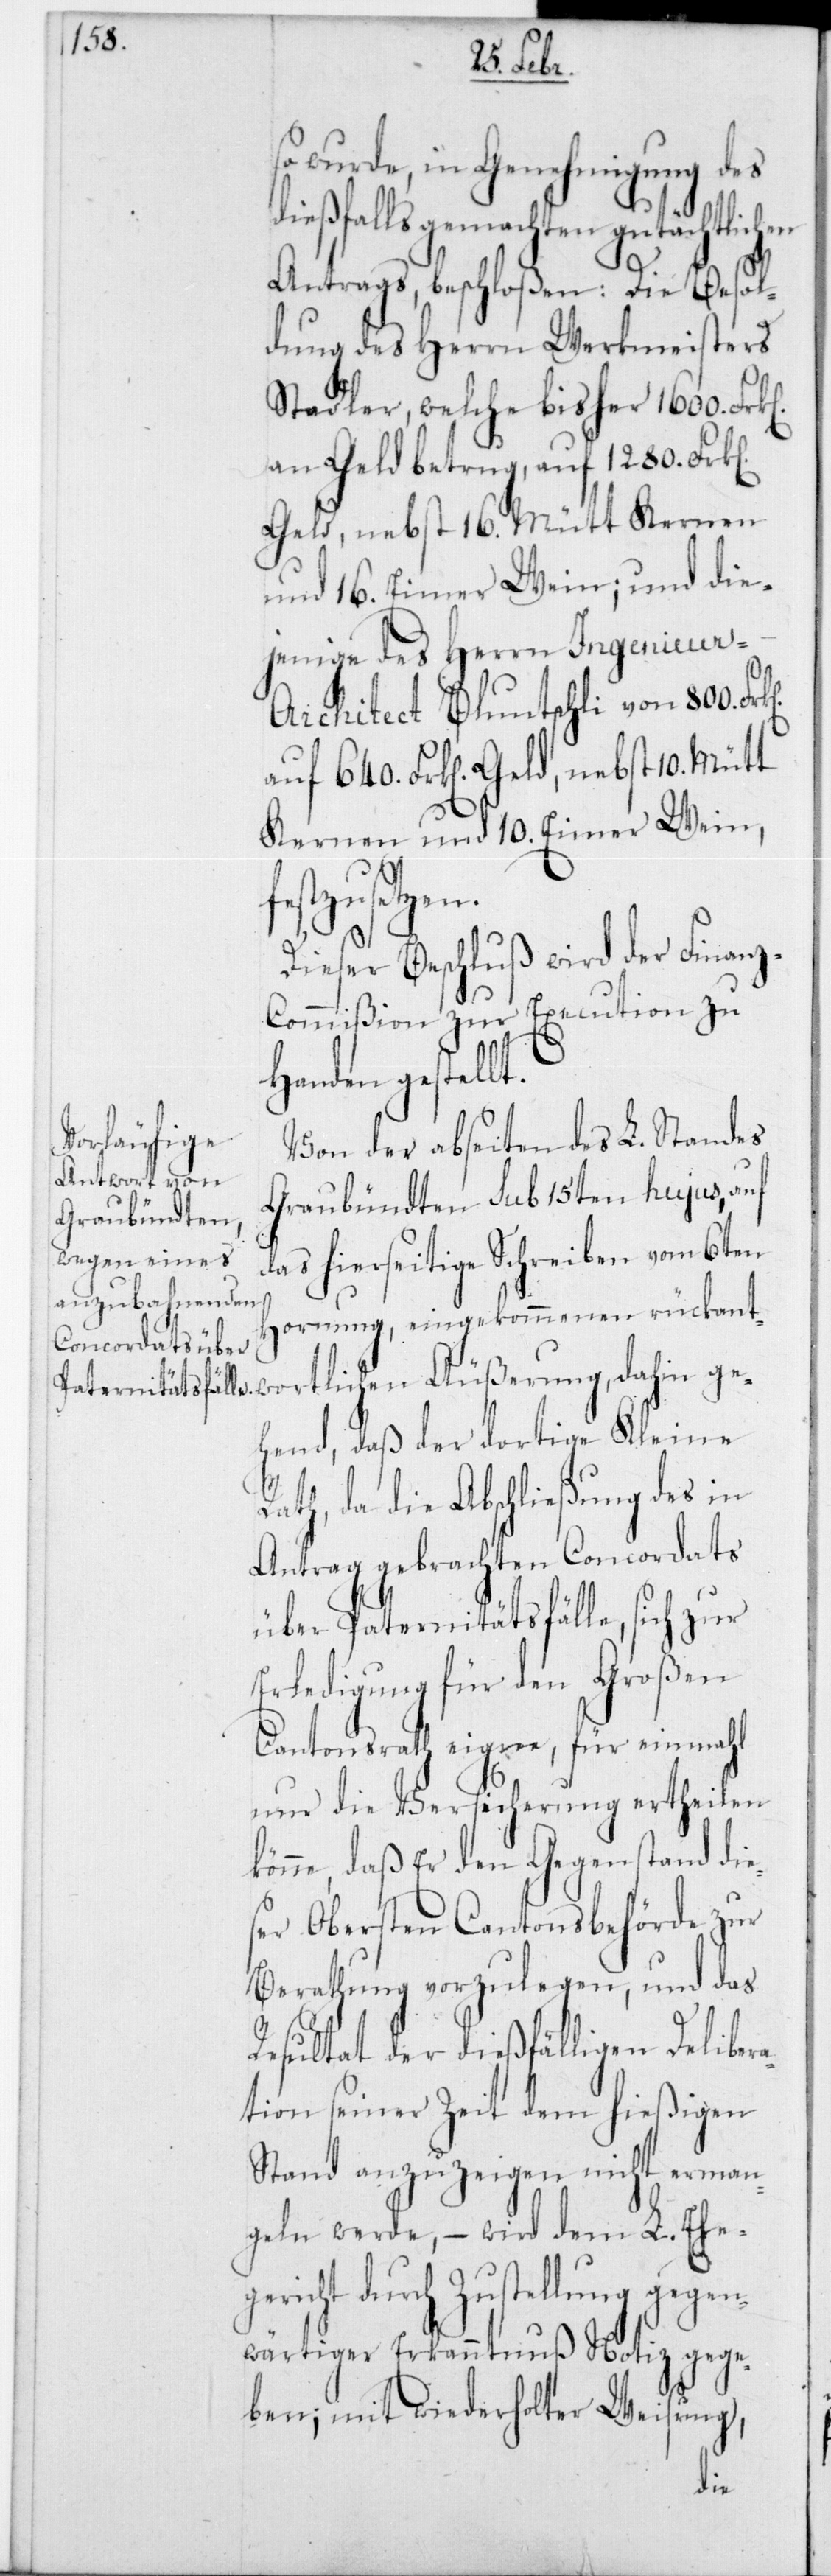
so wurde, in Genehmigung des
ießfalls gemachten gutäch¬
Antrags beschloßen: Die Besol¬
dung des Herrn Werkmeisters
Stadler, welche bisher 1600 Frk.
an Geld betrug, auf 1280 Frk.
Geld, nebst 16 Mütt Kernen
und 16 Eimer Wein; und die¬
jenige des Herrn Ingenieu¬
r-Architect Bluntschli von 800 Frk.
auf 640 Frk. Geld, nebst 10 Mütt
Kernen und 10 Eimer Wein,
dahin ge¬
Dieser Beschluß wird der Finan¬
z-Commißion zur Execution zu
Handen gestellt.
Von der abseiten des L. Standes
Graubündten sub 15ten hujus, auf
das hierseitige Schreiben vom 6ten
Hornung, eingekommenen rückant¬
d¬
hend, daß der dortige Kleine
Rath, da die Abschließung des in
Antrag gebrachten Concordats
über Paternitätsfälle, sich zur
Erledigung für den Großen
Cantonsrath eigne, für einmahl
nur die Versicherung ertheilen
könne, daß er den Gegenstand die¬
ser obersten Cantonsbehörde zur
Berathung vorzulegen, und das
Resultat der dießfälligen Delibera¬
tion seiner Zeit dem hießigen
Stand anzuzeigen nicht erman¬
geln werde, – wird dem L. Ehe¬
gericht durch Zustellung gegen¬
wärtiger Erkanntnuß Notiz gege¬
ben; mit wiederholter Weisung,